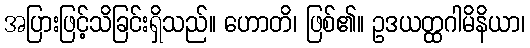
အပြားဖြင့်သိခြင်းရှိသည်။ ဟောတိ၊ ဖြစ်၏။ ဥဒယတ္ထဂါမိနိယာ၊